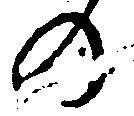
の